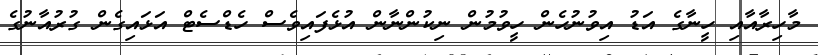
މާހިރާއާއި ހީނާގެ އަޑު އިވުނުހެން ހީވުމުން ނިކުންނާން އުޅެފައިވެސް ހެޑްސެޓް އަޅައިގެން ގުރުއާނުގެ